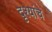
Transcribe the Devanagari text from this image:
दृश्यांचे